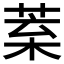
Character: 𦯧